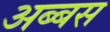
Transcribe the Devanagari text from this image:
अब्बस